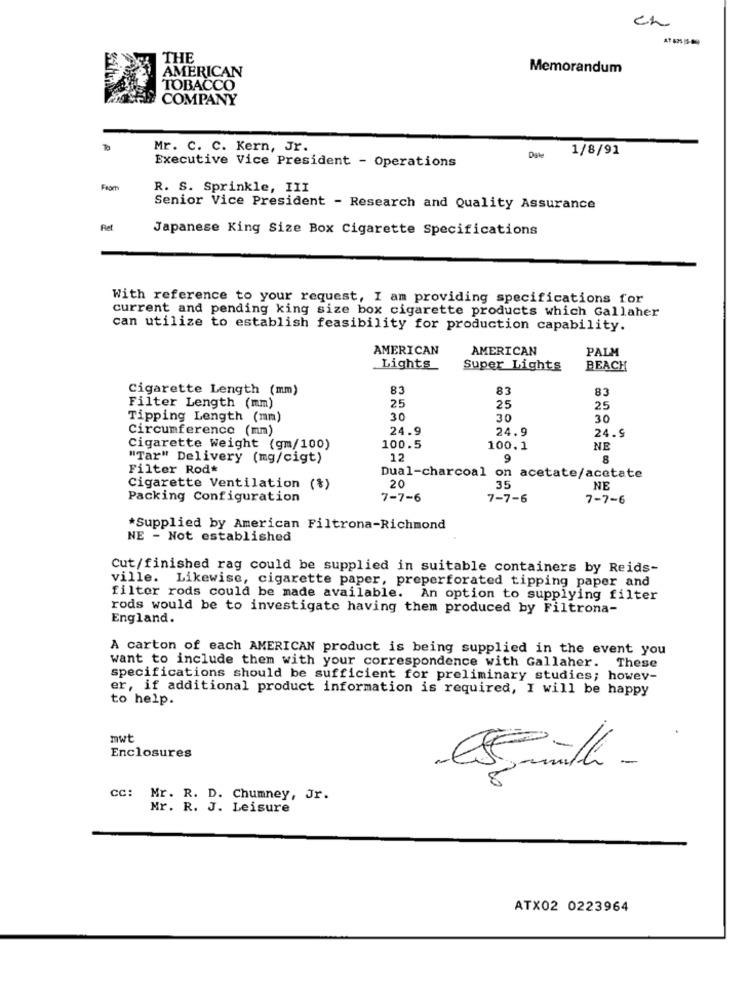
ch
THE
AMERICAN
Memorandum
TOBACCO
COMPANY
Mr. C. C. Kern, Jr.
1/8/91
Date
Executive Vice President - Operations
From
R. S. Sprinkle, III
Senior Vice President - Research and Quality Assurance
Ret
Japanese King Size Box Cigarette Specifications
With reference to your request, I am providing specifications for
current and pending king size box cigarette products which Gallaher
can utilize to establish feasibility for production capability.
AMERICAN
AMERICAN
PALM
Lights
Super Lights
BEACH
Cigarette Length (mm)
83
83
83
25
Filter Length (mm)
25
25
Tipping Length (mm)
30
30
30
Circumference (mm)
24.9
24.9
24.9
Cigarette Weight (gm/100)
100.5
100.1
NE
"Tar" Delivery (mg/cigt)
12
9
8
Filter Rod*
Dual-charcoal on acetate/acetate
20
Cigarette Ventilation (%)
35
NE
Packing Configuration
7-7-6
7-7-6
7-7-6
*Supplied by American Filtrona-Richmond
NE - Not established
Cut/finished rag could be supplied in suitable containers by Reids-
ville. Likewise, cigarette paper, preperforated tipping paper and
filter rods could be made available. An option to supplying filter
rods would be to investigate having them produced by Filtrona-
England.
A carton of each AMERICAN product is being supplied in the event you
want to include them with your correspondence with Gallaher. These
specifications should be sufficient for preliminary studies; howev-
er, if additional product information is required, I will be happy
to help.
mwt
Enclosures
Smith -
cc: Mr. R. D. Chumney, Jr.
Mr. R. J. Leisure
ATX02 0223964